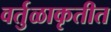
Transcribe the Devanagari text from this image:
वर्तुळाकृतीत